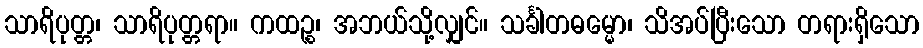
သာရိပုတ္တ၊ သာရိပုတ္တရာ။ ကထဉ္စ၊ အဘယ်သို့လျှင်။ သင်္ခါတဓမ္မော၊ သိအပ်ပြီးသော တရားရှိသော